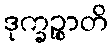
ဒုက္ခဉ္စာတိ